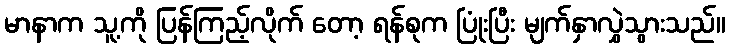
မာနာက သူ့ကို ပြန်ကြည့်လိုက် တော့ ရန်စုက ပြုံးပြီး မျက်နှာလွှဲသွားသည်။